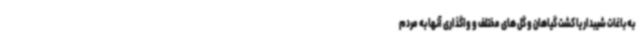
به باغات شیبدار یا کشت گیاهان و گل های مختلف و واگذاری آنها به مردم